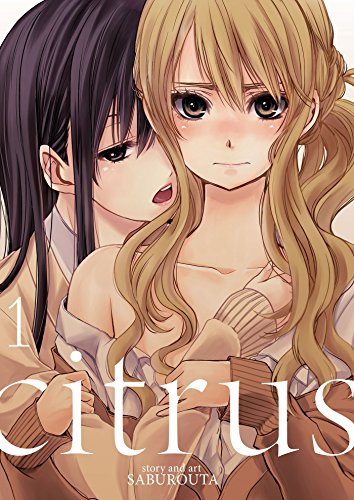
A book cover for Citrus, Vol. 1; Saburouta; Comics & Graphic Novels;